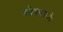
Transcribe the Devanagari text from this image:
स्त्रोत्रामध्ये